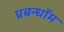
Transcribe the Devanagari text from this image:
प्रबन्धॉम